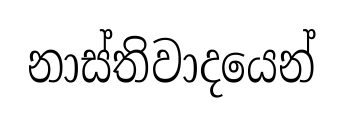
නාස්තිවාදයෙන්